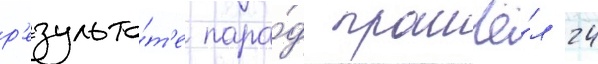
р'езульта́т'е пара́д прошё́л 24